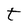
Character: t